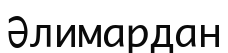
Әлимардан